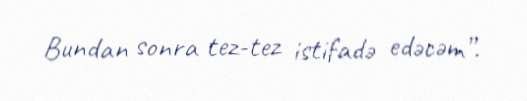
Bundan sonra tez-tez istifadə edəcəm”.